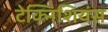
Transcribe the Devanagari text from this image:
टेक्निशियंस